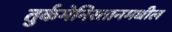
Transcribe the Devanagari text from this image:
तुर्कमेनिस्तानमधील